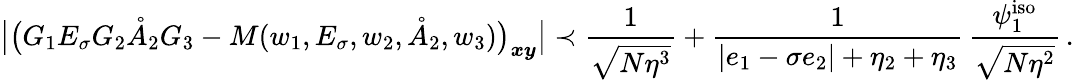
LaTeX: \big\vert\big(G_{1}E_{\sigma}G_{2}\mathring{A}_{2}G_{3}-M(w_{1},E_{\sigma},w_{2},\mathring{A}_{2},w_{3})\big)_{\boldsymbol{x}\boldsymbol{y}}\big\vert\prec\frac{1}{\sqrt{N\eta^{3}}}+\frac{1}{|e_{1}-\sigma e_{2}|+\eta_{2}+\eta_{3}}\, \frac{\psi_{1}^{\mathrm{iso}}}{\sqrt{N\eta^{2}}}\, .